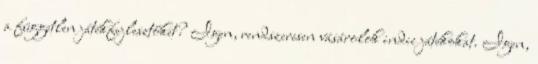
a független játékfejlesztőket? Igen, rendszeresen vásárolok indie játékokat. Igen,